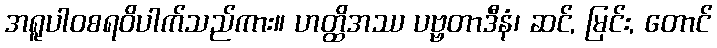
အရူပါဝစရဝိပါက်သည်ကား။ ဟတ္ထိအဿ ပဗ္ဗတာဒီနံ၊ ဆင်, မြင်း, တောင်